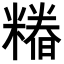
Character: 𮇺